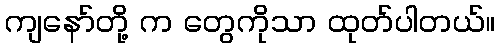
ကျနော်တို့ က တွေကိုသာ ထုတ်ပါတယ်။